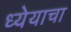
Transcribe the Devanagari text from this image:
ध्येयाचा